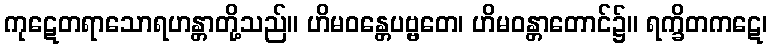
ကုဋေတရာသောရဟန္တာတို့သည်။ ဟိမဝန္တေပဗ္ဗတေ၊ ဟိမဝန္တာတောင်၌။ ရက္ခိတကဋေ၊